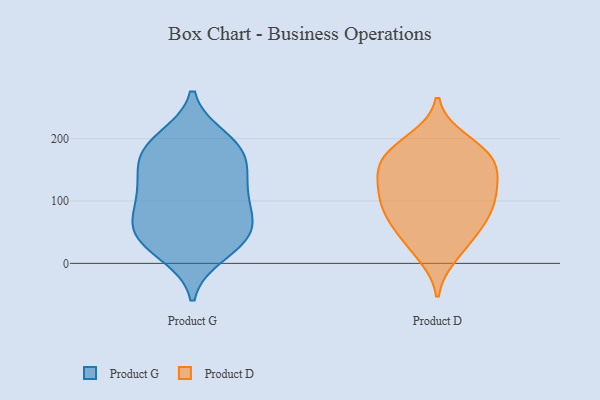
{"axis": {"x": "Active Users", "y": "Value"}, "legend": ["Product D", "Product G"], "data": [{"x": "", "y": 41, "type": "Product G"}, {"x": "", "y": 186, "type": "Product G"}, {"x": "", "y": 125, "type": "Product G"}, {"x": "", "y": 136, "type": "Product G"}, {"x": "", "y": 75, "type": "Product G"}, {"x": "", "y": 69, "type": "Product G"}, {"x": "", "y": 34, "type": "Product G"}, {"x": "", "y": 38, "type": "Product G"}, {"x": "", "y": 118, "type": "Product G"}, {"x": "", "y": 181, "type": "Product G"}, {"x": "", "y": 183, "type": "Product G"}, {"x": "", "y": 16, "type": "Product G"}, {"x": "", "y": 100, "type": "Product G"}, {"x": "", "y": 161, "type": "Product G"}, {"x": "", "y": 200, "type": "Product G"}, {"x": "", "y": 62, "type": "Product G"}, {"x": "", "y": 49, "type": "Product D"}, {"x": "", "y": 127, "type": "Product D"}, {"x": "", "y": 175, "type": "Product D"}, {"x": "", "y": 188, "type": "Product D"}, {"x": "", "y": 171, "type": "Product D"}, {"x": "", "y": 155, "type": "Product D"}, {"x": "", "y": 199, "type": "Product D"}, {"x": "", "y": 28, "type": "Product D"}, {"x": "", "y": 146, "type": "Product D"}, {"x": "", "y": 65, "type": "Product D"}, {"x": "", "y": 13, "type": "Product D"}, {"x": "", "y": 162, "type": "Product D"}, {"x": "", "y": 97, "type": "Product D"}, {"x": "", "y": 98, "type": "Product D"}, {"x": "", "y": 85, "type": "Product D"}, {"x": "", "y": 128, "type": "Product D"}, {"x": "", "y": 69, "type": "Product D"}, {"x": "", "y": 110, "type": "Product D"}]}